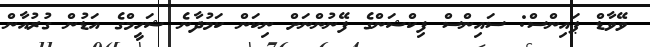
ވޭވާޑް ޕައިންސް: ސައިންސް ފިކްޝަންގެ ފޭނުންނަށް ނިކަން ކަމުދާނެ ޝަހީމްގެ އަޑުން ގުރުއާން